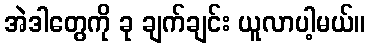
အဲဒါတွေကို ခု ချက်ချင်း ယူလာပါ့မယ်။